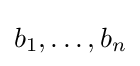
b_{1},\ldots ,b_{n}